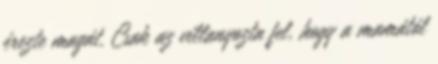
érezte magát. Csak az villanyozta fel, hogy a mamától